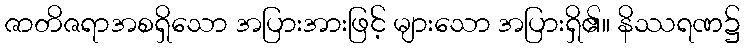
ဇာတိဇရာအစရှိသော အပြားအားဖြင့် များသော အပြားရှိ၏။ နိဿရဏ၌